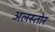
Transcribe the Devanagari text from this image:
अलस्तोर